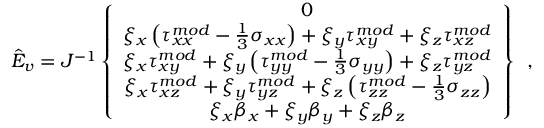
\hat { E } _ { v } = J ^ { - 1 } \left\{ \begin{array} { c } { 0 } \\ { \xi _ { x } \left( { \tau } _ { x x } ^ { m o d } - \frac { 1 } { 3 } \sigma _ { x x } \right) + \xi _ { y } { \tau } _ { x y } ^ { m o d } + \xi _ { z } { \tau } _ { x z } ^ { m o d } } \\ { \xi _ { x } { \tau } _ { x y } ^ { m o d } + \xi _ { y } \left( { \tau } _ { y y } ^ { m o d } - \frac { 1 } { 3 } \sigma _ { y y } \right) + \xi _ { z } { \tau } _ { y z } ^ { m o d } } \\ { \xi _ { x } { \tau } _ { x z } ^ { m o d } + \xi _ { y } { \tau } _ { y z } ^ { m o d } + \xi _ { z } \left( { \tau } _ { z z } ^ { m o d } - \frac { 1 } { 3 } \sigma _ { z z } \right) } \\ { \xi _ { x } { \beta } _ { x } + \xi _ { y } { \beta } _ { y } + \xi _ { z } { \beta } _ { z } } \end{array} \right\} \, \mathrm { ~ , ~ }